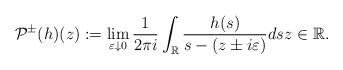
LaTeX: \begin{align*}\mathcal{P}^{\pm}(h)(z):=\lim _{\varepsilon \downarrow 0} \frac{1}{2 \pi i} \int_{\mathbb{R}} \frac{h(s)}{s-(z \pm i\varepsilon)} d s z \in\mathbb{R}.\end{align*}